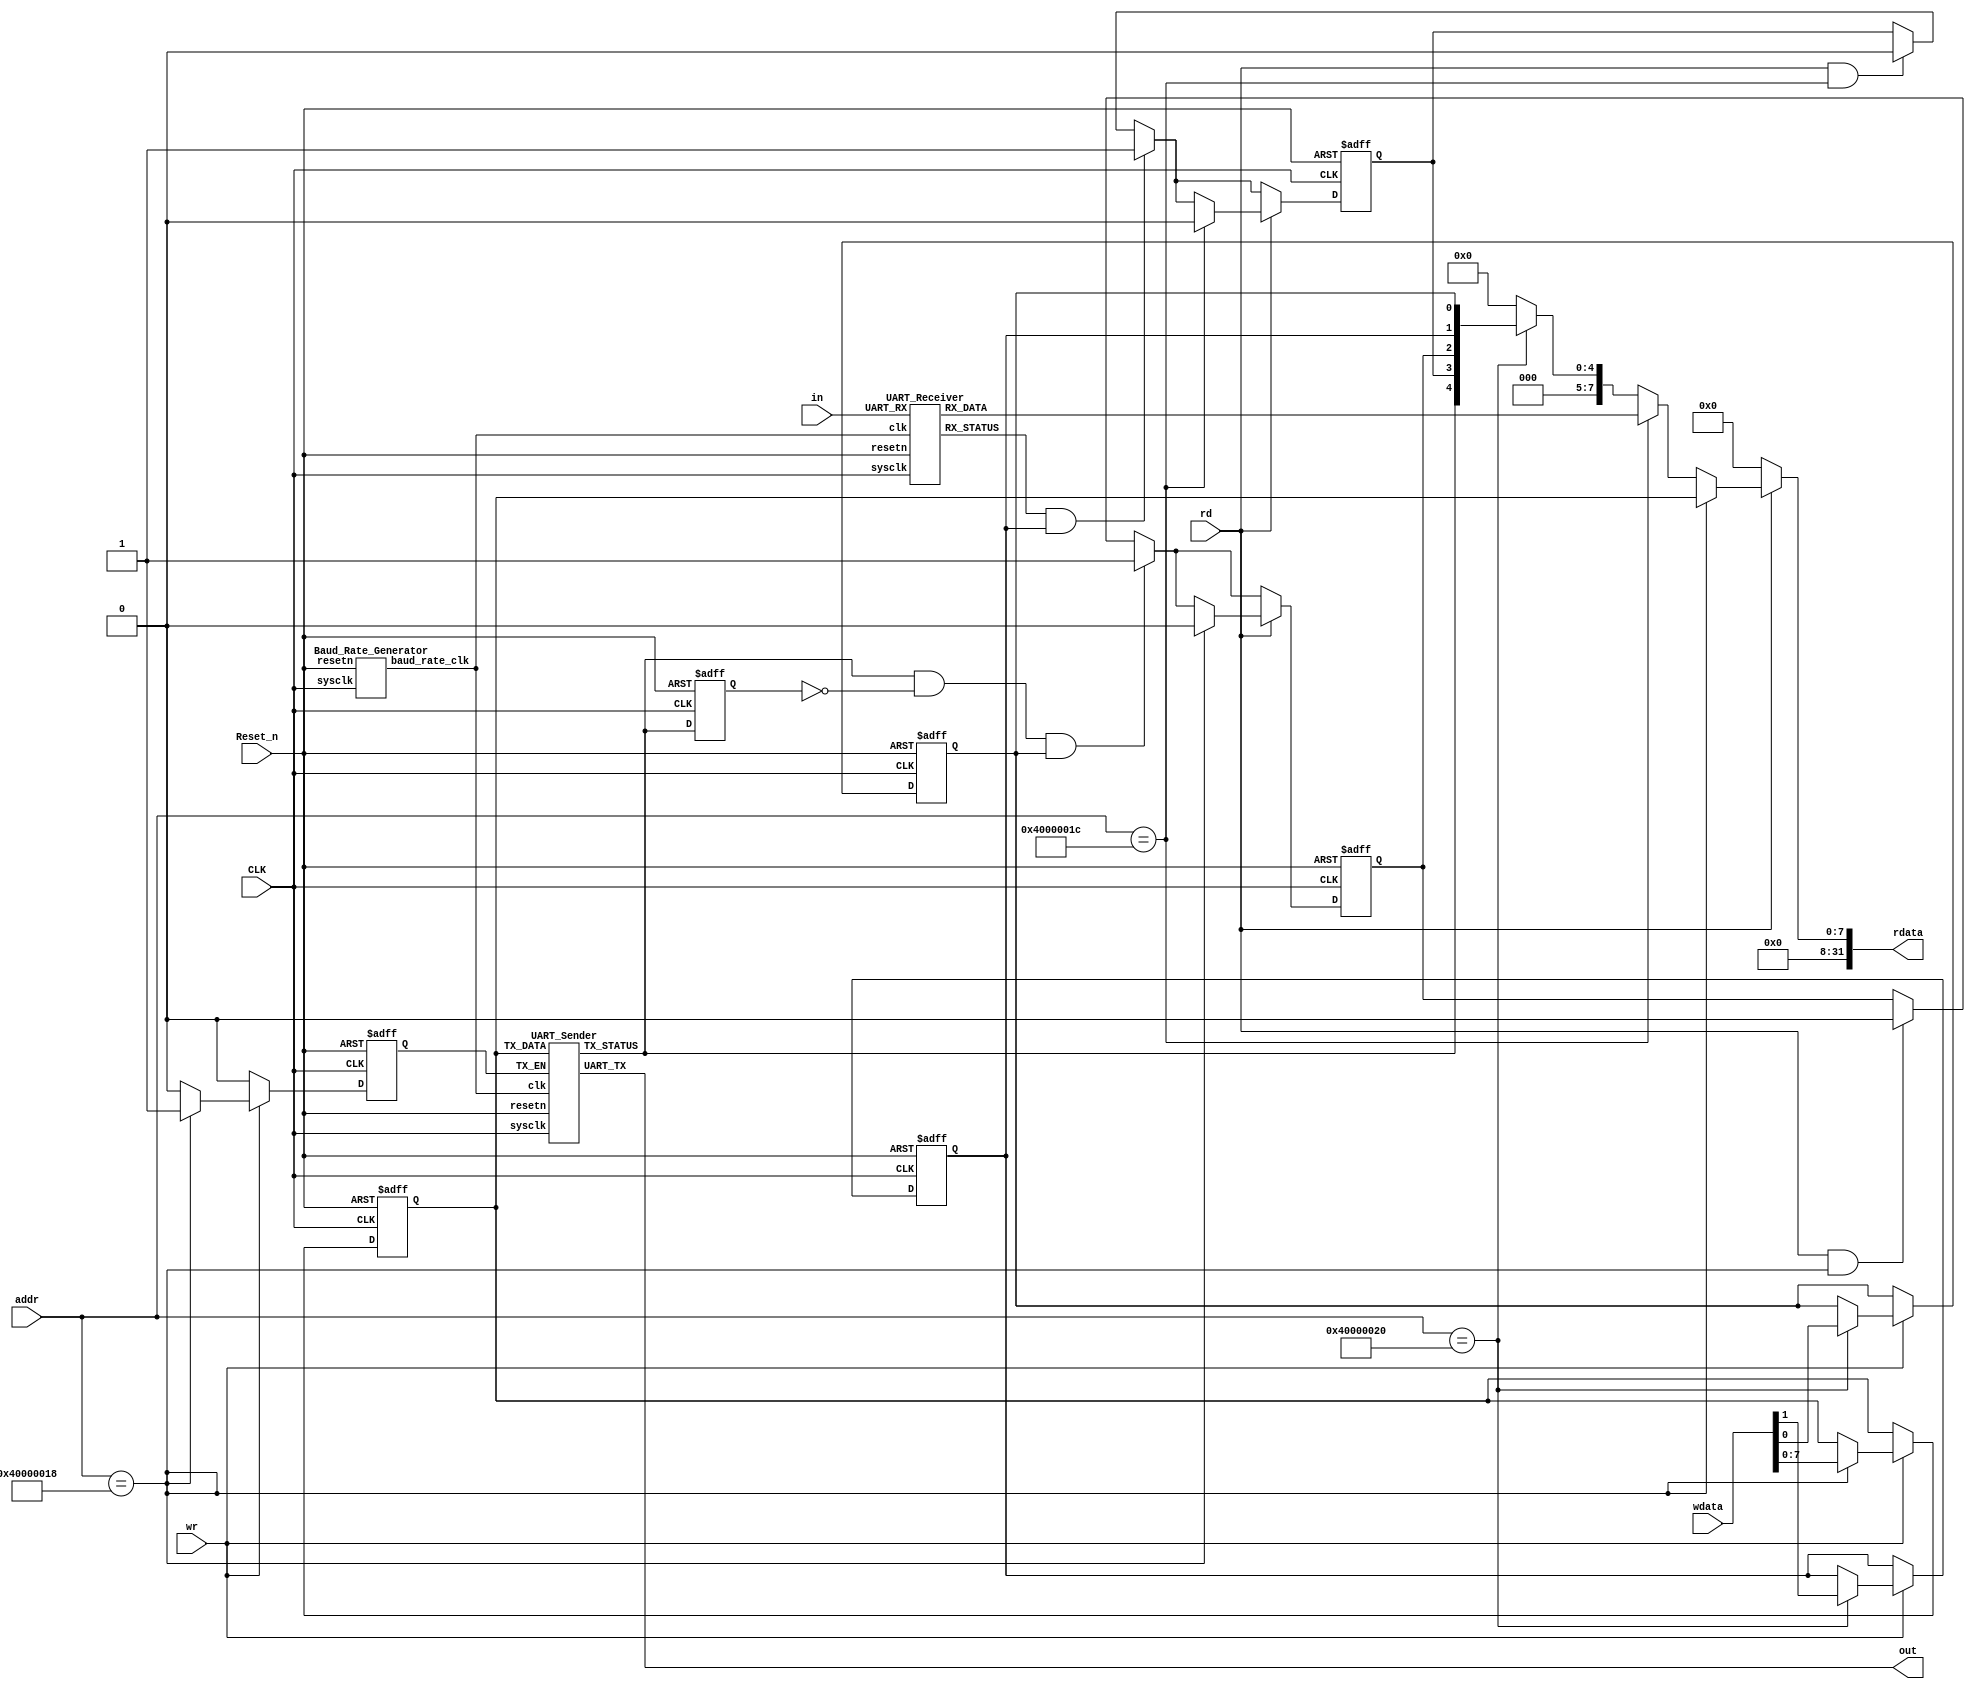
/*
 * UART Module
 */

module UARTUnit(
				input Reset_n,
				input CLK,
				input rd, wr,
				input [31:0] addr, wdata,
				output [31:0] rdata,
				output out,
				input in
				);

	reg [7:0] UART_TXD;
	wire [7:0] UART_RXD;
	reg UART_CON0, UART_CON1, UART_CON2, UART_CON3;
	wire UART_CON4;
	wire [4:0] UART_CON;

	reg TX_EN;
	reg prevTX_STATUS;
	wire baud_rate_clk;
	wire RX_STATUS, TX_STATUS;

	initial
		begin
		UART_CON2 <= 0;
		UART_CON3 <= 0;
		UART_CON0 <= 1;
		UART_CON1 <= 1;
		end
	assign UART_CON4 = TX_STATUS;
	assign UART_CON = {UART_CON4, UART_CON3, UART_CON2, UART_CON1, UART_CON0};

	always @(negedge Reset_n or posedge CLK)
		begin
		if (~Reset_n)
			begin
			UART_TXD <= 8'b0;
			{UART_CON0, UART_CON1} <= 2'b1;
			{UART_CON2, UART_CON3} <= 2'b0;
			prevTX_STATUS <= 1;
			TX_EN <= 0;
			end
		else
			begin
			if (RX_STATUS && UART_CON1)
				UART_CON3 <= 1;
			else if (rd && (addr == 32'h4000001C))
					UART_CON3 <= 0;
			if (TX_STATUS && ~prevTX_STATUS && UART_CON0)
				UART_CON2 <= 1;
			else if (rd && (addr == 32'h40000018))
				UART_CON2 <= 0;
			prevTX_STATUS <= TX_STATUS;
			TX_EN <= 0;
			if (wr)
				begin
				case (addr)
					32'h40000018:
						begin
						UART_TXD <= wdata[7:0];
						TX_EN <= 1;
						end
					32'h40000020: {UART_CON1, UART_CON0} <= wdata[1:0];
					default: ;
				endcase
				end
			if (rd)
				case(addr)
					32'h40000018: 
						UART_CON2 <= 0;
					32'h4000001C:
						UART_CON3 <= 0;
					default:;
				endcase
		end
		end
	assign rdata = rd?((addr == 32'h40000018)?{24'b0, UART_TXD}:((addr == 32'h4000001C)?{24'b0, UART_RXD}:((addr == 32'h40000020)?{27'b0,UART_CON}:32'b0))):32'b0;

	Baud_Rate_Generator brgenInst(.sysclk(CLK), .resetn(Reset_n), .baud_rate_clk(baud_rate_clk));
	UART_Sender senderInst(CLK, baud_rate_clk, Reset_n, TX_EN, TX_STATUS, out, UART_TXD);
	UART_Receiver recvInst(in, CLK, baud_rate_clk, Reset_n, UART_RXD, RX_STATUS);
endmodule

module Baud_Rate_Generator(sysclk, resetn, baud_rate_clk);
	input sysclk, resetn;
	output reg baud_rate_clk;
	integer count;
	
	initial begin
		count <= 0;
		baud_rate_clk <= 0;
	end
	always @(negedge resetn, posedge sysclk)
		begin
		if (!resetn)
			begin
			count <= 0;
			baud_rate_clk <= 0;
			end
		else
			if (count == 161)
				begin
					count <= 0;
					baud_rate_clk <= ~baud_rate_clk;
				end
			else
				count <= count + 1;
		end
		
endmodule
module UART_Receiver(UART_RX, sysclk, clk, resetn, RX_DATA, RX_STATUS);
	input UART_RX, sysclk, clk, resetn;
	output reg [7:0] RX_DATA;
	output reg RX_STATUS;
	reg enable;
	reg [7:0] buff;
	reg [3:0] data_count;
	reg [3:0] inner_count;
	reg [2:0] beg_count; 
	reg pre_beg, ok, flag1, pre_flag;

	initial
		begin
		enable <= 0;
		RX_DATA <= 0;
		RX_STATUS <= 0;
		pre_beg <= 0;
		beg_count <= 0;
		inner_count <= 0;
		data_count <= 0;
		ok <= 0;
		flag1 <= 1;
		pre_flag <= 1;
		end
	always @(posedge sysclk, negedge resetn)
		begin
		if (!resetn)
			begin
			pre_beg <= 0;
			end
		else if (!enable && !pre_beg && !UART_RX)
				begin
				pre_beg <= 1;
				end
		else if (!pre_flag)
			pre_beg <= 0;
		end
	always @(posedge clk, negedge resetn)
		begin
		if (!resetn)
			begin
			beg_count <= 0;
			enable <= 0;
			ok <= 0;
			data_count <= 0;
			inner_count <= 0;
			pre_flag <= 1;
			end
		else
			begin
			ok <= 0;
			pre_flag <= 1;
			if (pre_beg && pre_flag)
				begin
				beg_count <= beg_count + 1;
				if (beg_count == 7)
					begin
					enable <= 1;
					pre_flag <= 0;
					end
				end
			else if (enable)
				begin
				inner_count <= inner_count + 1;
				if (inner_count == 15)
					begin
					if (data_count == 8)
						begin
							enable <= 0;
							ok <= 1;
							data_count <= 0;
						end
					else
						begin
						buff[data_count] <= UART_RX;
						data_count <= data_count + 1;
						end
					end
				end
			end
		end
	always @(posedge sysclk, negedge resetn)
		begin
		if (!resetn)
			begin
			RX_DATA <= 0;
			RX_STATUS <= 0;
			flag1 <= 1;
			end
		else
			begin
			RX_STATUS <= 0;
			if (!ok)
				flag1 <= 1;
			else if (flag1)
				begin
				RX_STATUS <= 1;
				RX_DATA <= buff;
				flag1 <= 0;
				end
			end
		end
endmodule
module UART_Sender(sysclk, clk, resetn, TX_EN, TX_STATUS, UART_TX, TX_DATA);
	input sysclk, clk, resetn, TX_EN;
	output reg TX_STATUS, UART_TX;
	input [7:0] TX_DATA;
	reg [3:0] inner_count;
	reg [3:0] data_count;
	reg tmp_tx, flag;

	initial
		begin
		UART_TX <= 1;
		TX_STATUS <= 1;
		inner_count <= 0;
		data_count <= 0;
		tmp_tx <= 0;
		flag <= 1;
		end
			
	always @(posedge sysclk, negedge resetn)
		begin
		if (!resetn)
			begin
			TX_STATUS <= 1;
			flag <= 1;
			end
		else if (TX_EN)
			TX_STATUS <= 0;
		else if (!tmp_tx)
			flag <= 1;
		else if (tmp_tx && flag)
			begin
			TX_STATUS <= 1;
			flag <= 0;
			end
		
		end
	always @(posedge clk, negedge resetn)
		begin
			if (!resetn)
				begin
				UART_TX <= 1;
				inner_count <= 0;
				data_count <= 0;
				tmp_tx <= 0;
				end
			else if (!TX_STATUS)
				begin
				tmp_tx <= 0;
				inner_count <= inner_count + 1;
				if (inner_count == 0)
					begin
					data_count <= data_count + 1;
					if (data_count == 0)
						UART_TX <= 0;
					else if (data_count == 9)
						UART_TX <= 1;
					else if (data_count == 10) begin
						tmp_tx <= 1;
						data_count <= 0;
						inner_count <= 0;
						end
					else
						UART_TX <= TX_DATA[data_count - 1];
					end
				end
		end

endmodule
/*module brgenerator(sysclk,brclk,reset);
	input sysclk,reset;
	output reg brclk=0;
	reg [7:0] count=0;
	always@(posedge sysclk or negedge reset) begin
		if(reset==0) begin
			count<=0;
			brclk<=0;
		end
		else begin
			if(count==216) begin
				count<=0;
				brclk<=~brclk;
			end
			else count<=count+8'd1;
		end
	end
endmodule

module sender(txdata,txen,txstatus,sysclk,brclk,uarttx,reset);
	input [7:0]txdata;
	input txen,sysclk,brclk,reset;
	output reg uarttx=1,txstatus=1;
	reg [6:0]count=7'd0;
	reg recden=0;
	always@(posedge sysclk or negedge reset) begin
		if(reset==0) begin
			recden<=0;
			txstatus<=1;
		end
		else if(txen) begin
			txstatus<=0;
			recden<=1;
		end
		else if(count==7'd120) begin
			txstatus<=1;
			recden<=0;
		end
	end
	always@(posedge brclk or negedge reset) begin
		if(reset==0) begin
			uarttx<=1;
			
		end
		else if(recden) begin
			case(count)
				7'd0: uarttx<=0;
				7'd12: uarttx<=txdata[0];
				7'd24: uarttx<=txdata[1];
				7'd36: uarttx<=txdata[2];
				7'd48: uarttx<=txdata[3];
				7'd60: uarttx<=txdata[4];
				7'd72: uarttx<=txdata[5];
				7'd84: uarttx<=txdata[6];
				7'd96: uarttx<=txdata[7];
				7'd108: begin
					uarttx<=1;
					
					
				end
				default: ;
			endcase
		end
	end
	always@(posedge brclk or negedge reset) begin
		if(reset==0) count<=7'd0;
		else if(count==7'd120) count<=7'd0;
		else if(recden) count<=count+1;
	end
endmodule

module receiver(uartrx,sysclk,brclk,rxdata,rxstatus,reset);
	input uartrx,sysclk,brclk,reset;
	output reg rxstatus=0;
	output reg [7:0]rxdata=8'b0;
	reg [6:0]count=7'd0;
	reg recd1=1,recd2=1,recden=0;
	reg [7:0]rxdata1=8'b0;
	always@(posedge sysclk or negedge reset) begin
		if(reset==0) begin
			recd1<=1;
			recd2<=1;
			recden<=0;
			rxdata<=8'b0;
			rxstatus<=0;
		end
		else if(recd1&&recd2) begin
			recd2<=uartrx;
			recd1<=recd2;
		end
		else if(recd1&&~recd2) begin
			recden<=1;
			recd1<=0;
		end
		else if(count==7'd120&&~rxstatus) begin
			rxstatus<=1;
			rxdata<=rxdata1;
		end
		else  if(rxstatus==1) begin
			rxstatus<=0;
			recd1<=1;
			recd2<=1;
			recden<=0;
		end
	end
	always@(posedge brclk or negedge reset) begin
		if(reset==0) rxdata1<=8'b0;
		else begin
			case(count)
				7'd18: rxdata1[0]<=uartrx;
				7'd30: rxdata1[1]<=uartrx;
				7'd42: rxdata1[2]<=uartrx;
				7'd54: rxdata1[3]<=uartrx;
				7'd66: rxdata1[4]<=uartrx;
				7'd78: rxdata1[5]<=uartrx;
				7'd90: rxdata1[6]<=uartrx;
				7'd102: rxdata1[7]<=uartrx;
				default: ;
			endcase
		end
	end
	always@(posedge brclk or negedge reset) begin
		if(reset==0) count<=7'd0;
		else if(recd1&&~recd2) begin
			count<=7'd1;
		end
		else if(recden) count<=count+7'd1;
		else count<=7'd0;
	end
endmodule
	
*/